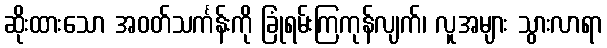
ဆိုးထားသော အဝတ်သင်္ကန်းကို ခြုံရမ်းကြကုန်လျက်၊ လူအများ သွားလာရာ